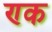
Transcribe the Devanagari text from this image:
ण्क